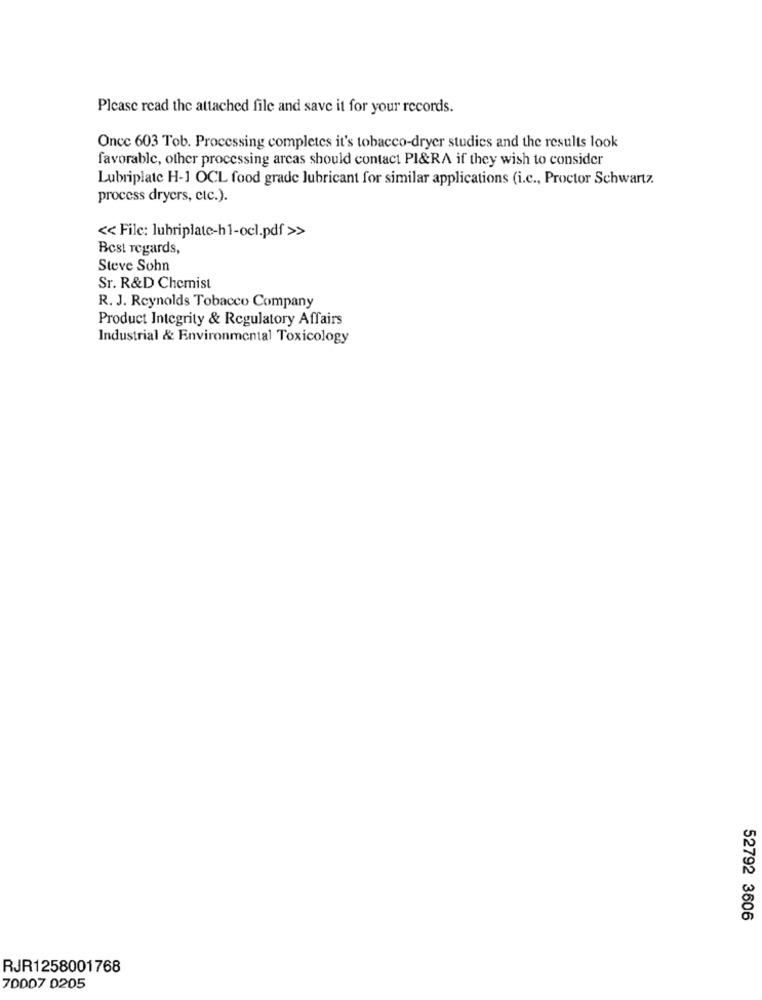
Please read the attached file and save it for your records.
Once 603 Tob. Processing completes it's tobacco-dryer studies and the results look
favorable, other processing arcas should contact PI&RA if they wish to consider
Lubriplate H-1 OCL food grade lubricant for similar applications (i.c ., Proctor Schwartz.
process dryers, etc.).
<< File: lubriplate-h1-ocl.pdf >>
Best regards,
Steve Sohn
Sr. R&D Chemist
R. J. Reynolds Tobacco Company
Product Integrity & Regulatory Affairs
Industrial & Environmental Toxicology
52792 3606
RJR1258001768
70007 0205